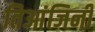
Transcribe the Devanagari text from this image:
तिआंजिनी